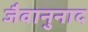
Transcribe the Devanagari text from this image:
जैवानुनाद